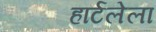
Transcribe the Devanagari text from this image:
हार्टलेला